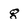
Character: g